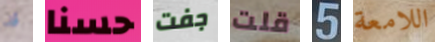
قد حسنا جفت قلت 5 اللامعة